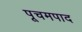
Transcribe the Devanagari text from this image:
पूचमपाद